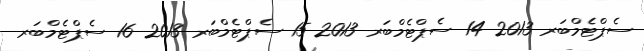
ސެޕްޓެމްބަރ 2013 14 ސެޕްޓެމްބަރ 2013 15 ސެޕްޓެމްބަރ 2013 16 ސެޕްޓެމްބަރ